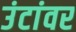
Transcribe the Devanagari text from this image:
उंटांवर